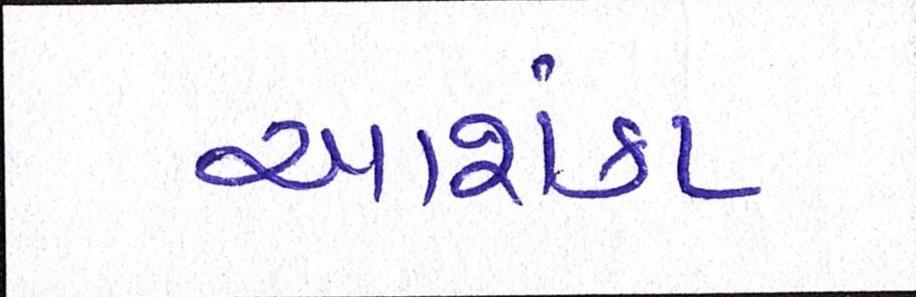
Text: આશંકા